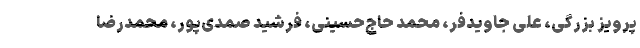
پرویز بزرگی، علی جاویدفر، محمد حاج‌حسینی، فرشید صمدی‌پور، محمدرضا